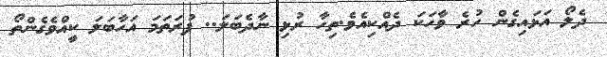
ދެލޯ އަޅައިގެން ހުރެ ވާހަކަ ދެއްކިއެވެ.ތިހާ ރުޅި ނާދެބަލަ.. ފުރަތަމަ އަހާބަލަ ކީއްވެގެންތޯ